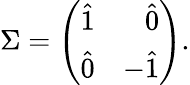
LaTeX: \Sigma=\left(\begin{array}{cr}{{\hat{1}}}&{{\hat{0}}}\\ {{\hat{0}}}&{{-\hat{1}}}\end{array}\right).